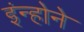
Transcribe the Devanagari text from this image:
इंन्होने